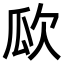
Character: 𣢚